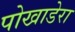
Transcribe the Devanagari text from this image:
पोखाडेरा